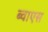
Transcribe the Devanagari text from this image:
ब्वाएस